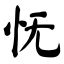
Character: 怃